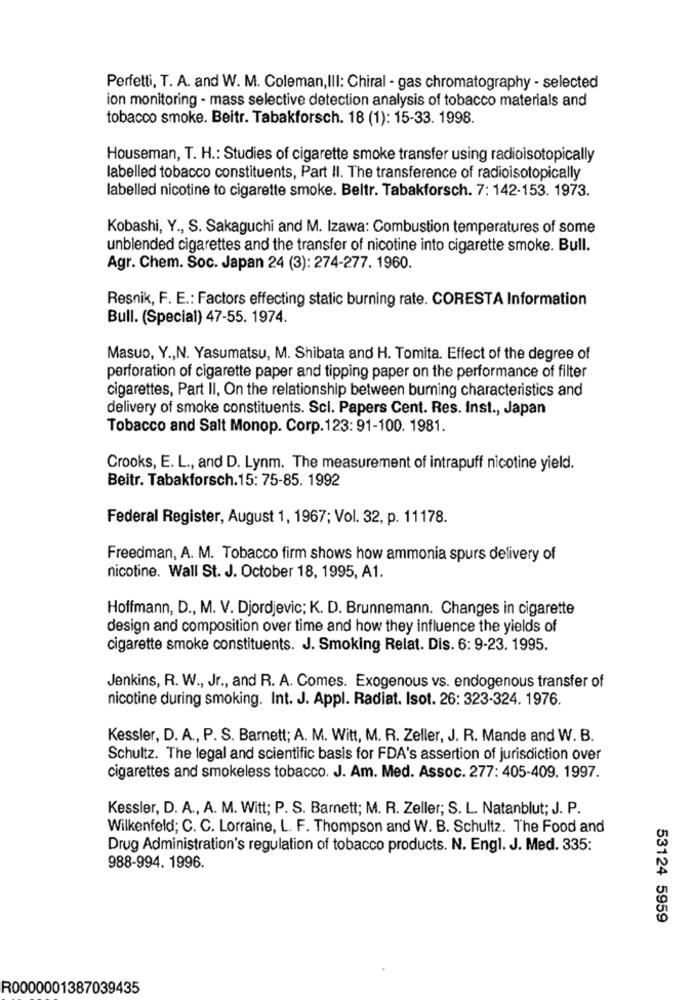
Perfetti, T. A. and W. M. Coleman,III: Chiral - gas chromatography - selected
ion monitoring - mass selective detection analysis of tobacco materials and
tobacco smoke. Beitr. Tabakforsch. 18 (1): 15-33. 1998.
Houseman, T. H .: Studies of cigarette smoke transfer using radioisotopically
labelled tobacco constituents, Part II. The transference of radioisotopically
labelled nicotine to cigarette smoke. Beltr. Tabakforsch. 7: 142-153. 1973.
Kobashi, Y ., S. Sakaguchi and M. Izawa: Combustion temperatures of some
unblended cigarettes and the transfer of nicotine into cigarette smoke. Bull.
Agr. Chem. Soc. Japan 24 (3): 274-277. 1960.
Resnik, F. E .: Factors effecting static burning rate. CORESTA Information
Bull. (Special) 47-55. 1974.
Masuo, Y ., N. Yasumatsu, M. Shibata and H. Tomita. Effect of the degree of
perforation of cigarette paper and tipping paper on the performance of filter
cigarettes, Part II, On the relationship between burning characteristics and
delivery of smoke constituents. Scl. Papers Cent. Res. Inst ., Japan
Tobacco and Salt Monop. Corp.123: 91-100. 1981.
Crooks, E. L ., and D. Lynm. The measurement of intrapuff nicotine yield.
Beitr. Tabakforsch.15: 75-85. 1992
Federal Register, August 1, 1967; Vol. 32, p. 11178.
Freedman, A. M. Tobacco firm shows how ammonia spurs delivery of
nicotine. Wall St. J. October 18, 1995, A1.
Hoffmann, D ., M. V. Djordjevic; K. D. Brunnemann. Changes in cigarette
design and composition over time and how they influence the yields of
cigarette smoke constituents. J. Smoking Relat. Dis. 6: 9-23. 1995.
Jenkins, R. W ., Jr ., and R. A. Comes. Exogenous vs. endogenous transfer of
nicotine during smoking. Int. J. Appl. Radiat. Isot. 26: 323-324. 1976.
Kessler, D. A ., P. S. Barnett; A. M. Witt, M. R. Zeller, J. R. Mande and W. B.
Schultz. The legal and scientific basis for FDA's assertion of jurisdiction over
cigarettes and smokeless tobacco. J. Am. Med. Assoc. 277: 405-409. 1997.
Kessler, D. A ., A. M. Witt; P. S. Barnett; M. R. Zeller; S. L. Natanblut; J. P.
Wilkenfeld; C. C. Lorraine, L. F. Thompson and W. B. Schultz. The Food and
Drug Administration's regulation of tobacco products. N. Engl. J. Med. 335:
988-994. 1996.
53124 5959
R0000001387039435